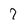
Character: 7